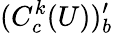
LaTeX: (C_{c}^{k}(U))_{b}^{\prime}